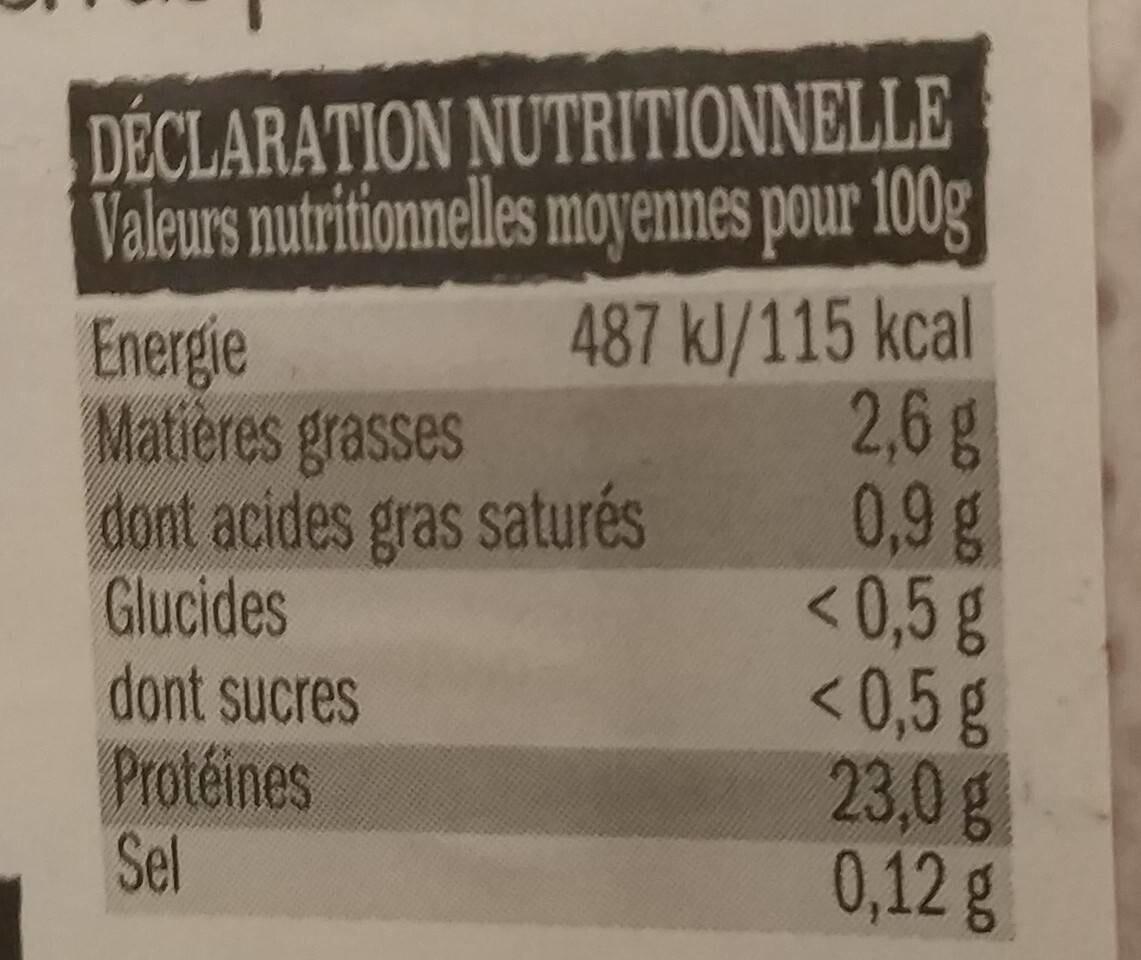
DÉCLARATION NUTRITIONNELLE Valeurs nutritionnelles moyennes pour 100g
487 kJ/115 kcal 2,6 g
0,9 g
< 0,5 g
< 0,5 g
23,0 g
0,12 g
Energie Matières grasses
dont acides gras saturés
Glucides
dont sucres
Protéines
Sel